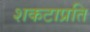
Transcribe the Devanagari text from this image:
शकटाप्रति